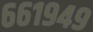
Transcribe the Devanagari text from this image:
६६१९४९